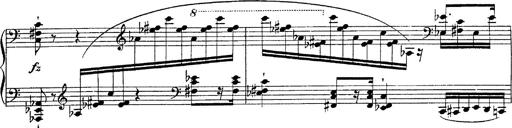
Title: Fantasie Ã¼ber Themen aus Mozarts Figaro und Don Giovanni
Composer: Franz Liszt